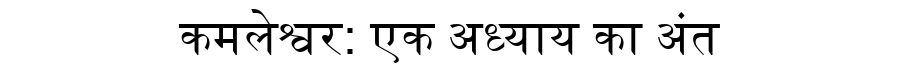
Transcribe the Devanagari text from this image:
कमलेश्वर: एक अध्याय का अंत